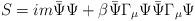
LaTeX: \begin{align*}S = im\bar{\Psi}\Psi + \beta\bar{\Psi}\Gamma_\mu\Psi \bar{\Psi}\Gamma_\mu\Psi\end{align*}